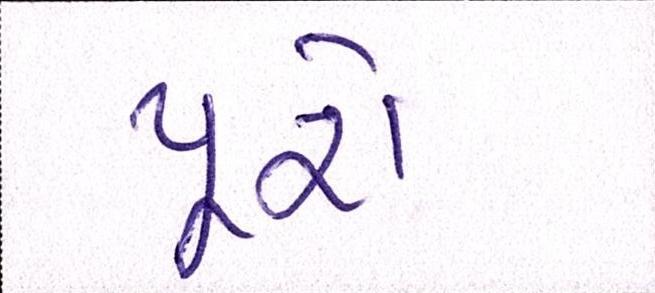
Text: પૂરો